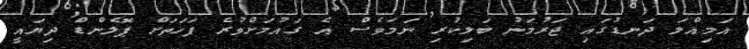
އަމިއްލަ ދަނޑުގައި ޖަރުމަނު ބަލިކުރި ނަމަވެސް އެ ގައުމަށްވުރެ ފަހަތަށް ޕޮލެންޑް ދިޔައީ